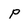
Character: p